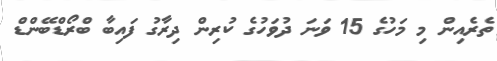
ތެރެއިން މި މަހުގެ 15 ވަނަ ދުވަހުގެ ކުރިން ދިރާގު ފައިބާ ބްރޯޑްބޭންޑް